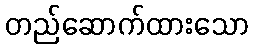
တည်ဆောက်ထားသော